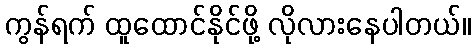
ကွန်ရက် ထူထောင်နိုင်ဖို့ လိုလားနေပါတယ်။